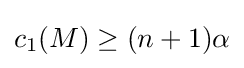
c_{1}(M)\geq (n+1)\alpha